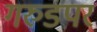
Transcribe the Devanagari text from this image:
गरुडपर